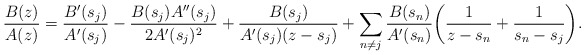
\begin{align*}\frac{B(z)}{A(z)} = \frac{B'(s_j)}{A'(s_j)}- \frac{B(s_j)A''(s_j)}{2A'(s_j)^2} + \frac{B(s_j)}{A'(s_j)(z-s_j)} + \sum_{n\neq j} \frac{B(s_n)}{A'(s_n)}\bigg( \frac{1}{z-s_n} + \frac{1}{s_n-s_j} \bigg).\end{align*}